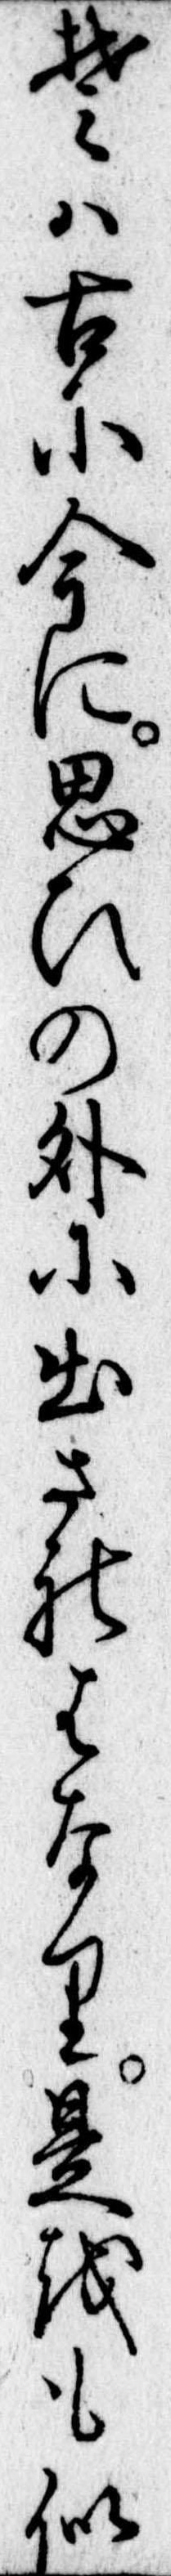
そは古に今に思ひの外に出されはなり是をも似